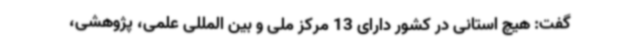
گفت: هیچ استانی در کشور دارای 13 مرکز ملی و بین المللی علمی، پژوهشی،